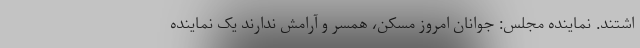
اشتند. نماینده مجلس: جوانان امروز مسکن، همسر و آرامش ندارند یک نماینده